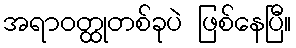
အရာဝတ္ထုတစ်ခုပဲ ဖြစ်နေပြီ။